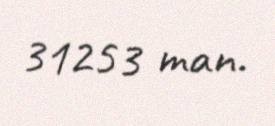
31253 man.